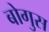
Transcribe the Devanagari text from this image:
बोगुस